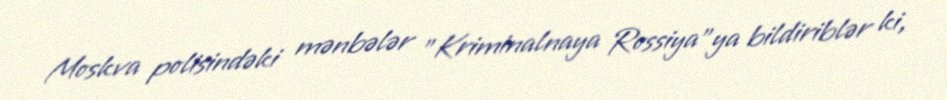
Moskva polisindəki mənbələr "Kriminalnaya Rossiya"ya bildiriblər ki,